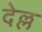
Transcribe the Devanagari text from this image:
देल्ल